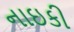
નાઇકી